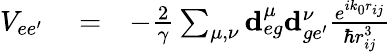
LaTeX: \begin{array}{rlr}{V_{ee^{\prime}}}&{{}=}&{-\frac{2}{\gamma}\sum_{\mu,\nu}\mathbf{d}_{eg}^{\mu}\mathbf{d}_{ge^{\prime}}^{\nu}\frac{e^{ik_{0}r_{ij}}}{\hbar r_{ij}^{3}}}\end{array}